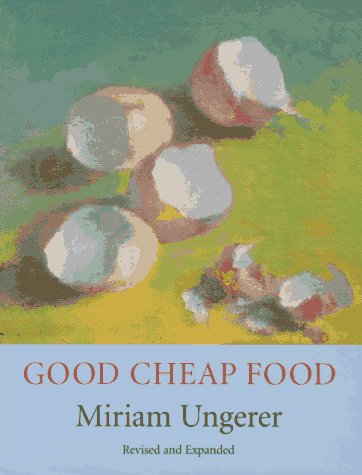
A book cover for Good Cheap Food; Miriam Ungerer; Cookbooks, Food & Wine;